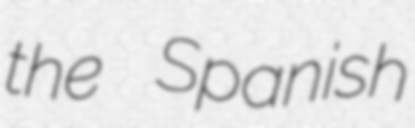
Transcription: the Spanish